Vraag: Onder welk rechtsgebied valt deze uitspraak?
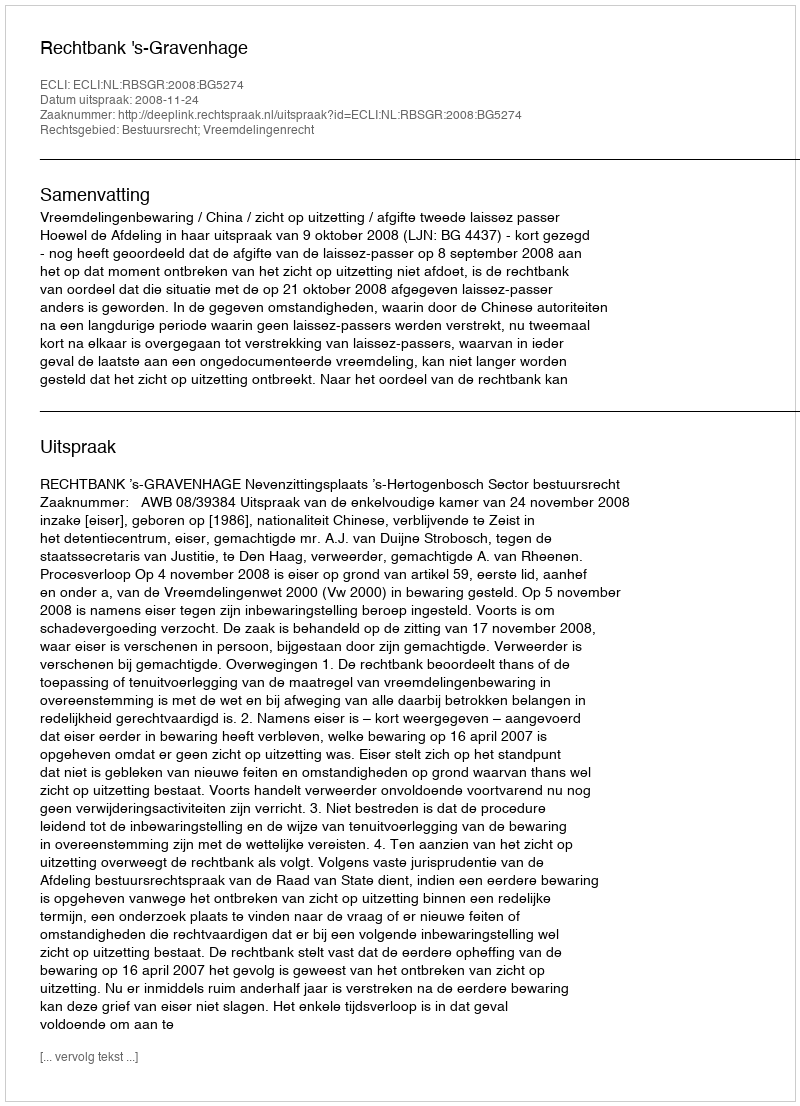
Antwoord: Bestuursrecht; Vreemdelingenrecht